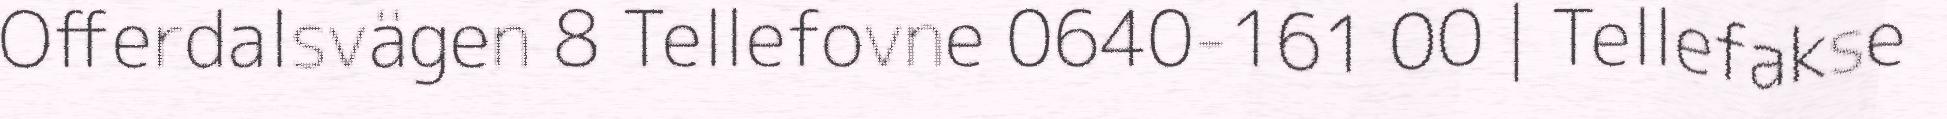
Offerdalsvägen 8 Tellefovne 0640-161 00 | Tellefakse